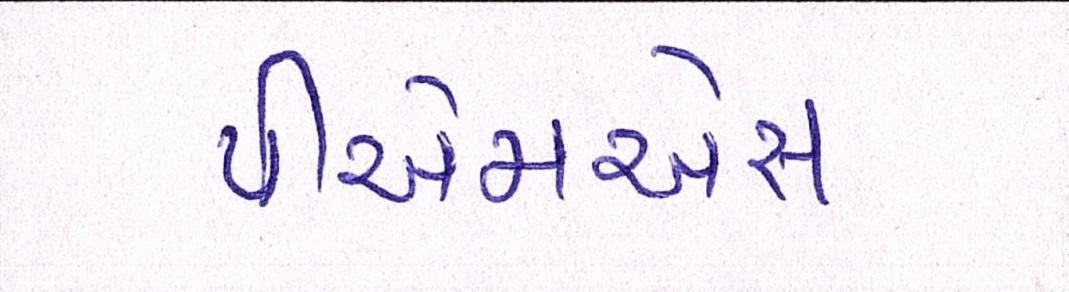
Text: પીએમએસ